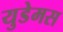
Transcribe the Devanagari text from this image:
युडेमस